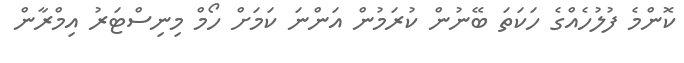
ކޮންމެ ފުލުހެއްގެ ހަކަތަ ބޭނުން ކުރަމުން އަންނަ ކަމަށް ހޯމް މިނިސްޓަރު އިމްރާން